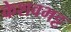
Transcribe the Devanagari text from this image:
केशवभट्ट